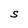
Character: S